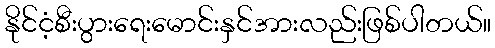
နိုင်ငံ့စီးပွားရေးမောင်းနှင်အားလည်းဖြစ်ပါတယ်။